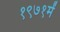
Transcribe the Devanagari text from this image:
१९७१में